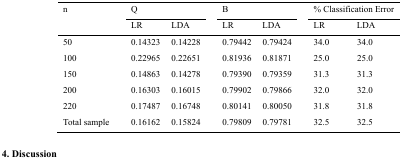
| <ROWSPAN=3> n | <COLSPAN=2> Q | <COLSPAN=2> B | <COLSPAN=2> % Classification Error |
 | LR | LDA | LR | LDA | LR | LDA |
 | --- | --- | --- | --- | --- | --- | --- |
 | 50 | 0.14323 | 0.14228 | 0.79442 | 0.79424 | 34 | 34 |
 | 100 | 0.22965 | 0.22651 | 0.81936 | 0.81871 | 25 | 25 |
 | 150 | 0.14863 | 0.14278 | 0.7939 | 0.79359 | 31.3 | 31.3 |
 | 200 | 0.16303 | 0.16015 | 0.79902 | 0.79866 | 32 | 32 |
 | 220 | 0.17487 | 0.16748 | 0.80141 | 0.8005 | 31.8 | 31.8 |
 | Total sample | 0.16162 | 0.15824 | 0.79809 | 0.79781 | 32.5 | 32.5 |